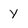
Character: y